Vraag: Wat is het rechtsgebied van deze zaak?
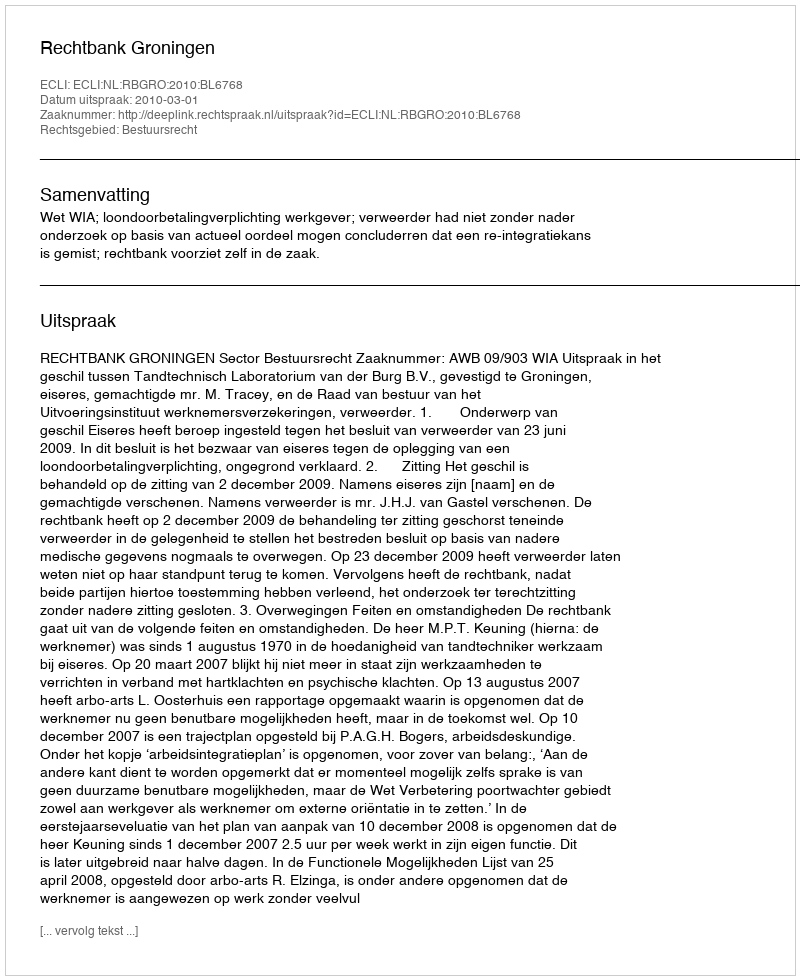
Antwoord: Bestuursrecht